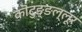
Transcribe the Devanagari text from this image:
कॊटुङ्ङल्लूर